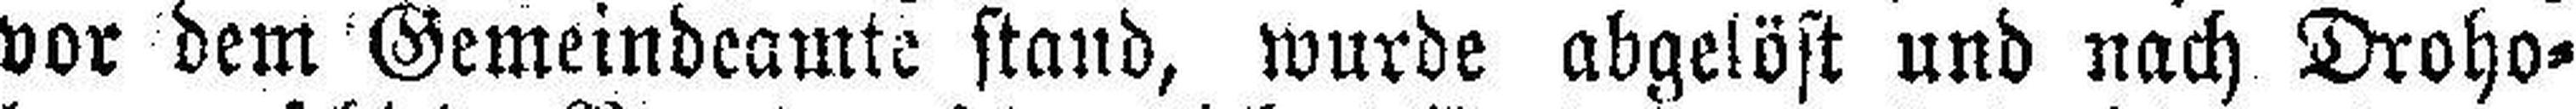
vor dem Gemeindeamte stand, wurde abgelöst und nach Droho¬